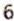
6